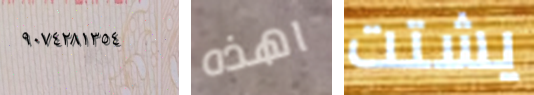
٩٠٧٤٢٨١٣٥٤ اهذه يشتت